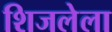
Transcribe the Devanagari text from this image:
शिजलेला